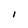
Character: I